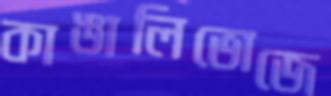
কাঙালিভোজে